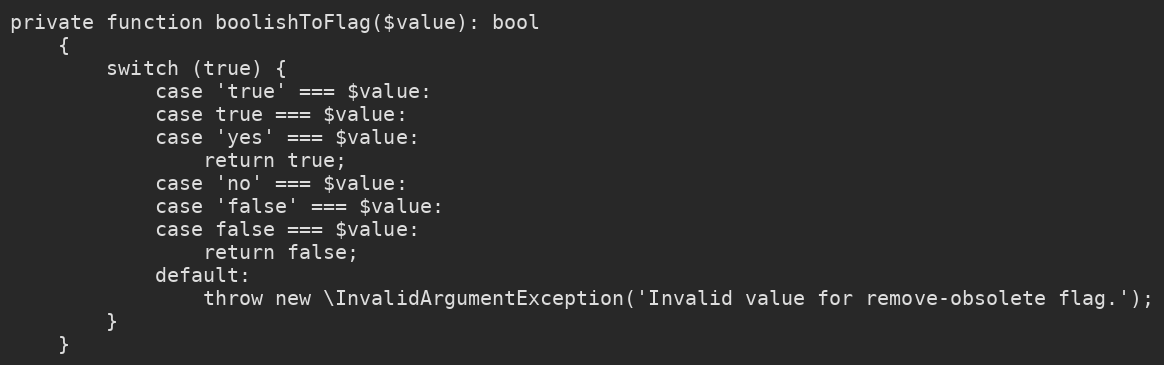
Language: PHP
private function boolishToFlag($value): bool
    {
        switch (true) {
            case 'true' === $value:
            case true === $value:
            case 'yes' === $value:
                return true;
            case 'no' === $value:
            case 'false' === $value:
            case false === $value:
                return false;
            default:
                throw new \InvalidArgumentException('Invalid value for remove-obsolete flag.');
        }
    }